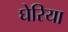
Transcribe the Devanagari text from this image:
घेरिया